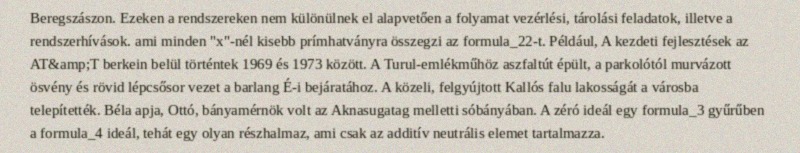
Beregszászon. Ezeken a rendszereken nem különülnek el alapvetően a folyamat vezérlési, tárolási feladatok, illetve a rendszerhívások. ami minden "x"-nél kisebb prímhatványra összegzi az formula_22-t. Például, A kezdeti fejlesztések az AT&amp;T berkein belül történtek 1969 és 1973 között. A Turul-emlékműhöz aszfaltút épült, a parkolótól murvázott ösvény és rövid lépcsősor vezet a barlang É-i bejáratához. A közeli, felgyújtott Kallós falu lakosságát a városba telepítették. Béla apja, Ottó, bányamérnök volt az Aknasugatag melletti sóbányában. A zéró ideál egy formula_3 gyűrűben a formula_4 ideál, tehát egy olyan részhalmaz, ami csak az additív neutrális elemet tartalmazza.